Supplement to the account of plague administration in the Bombay Presidency from September 1896 till May 1897
Year: 1896
Disease focus: Plague
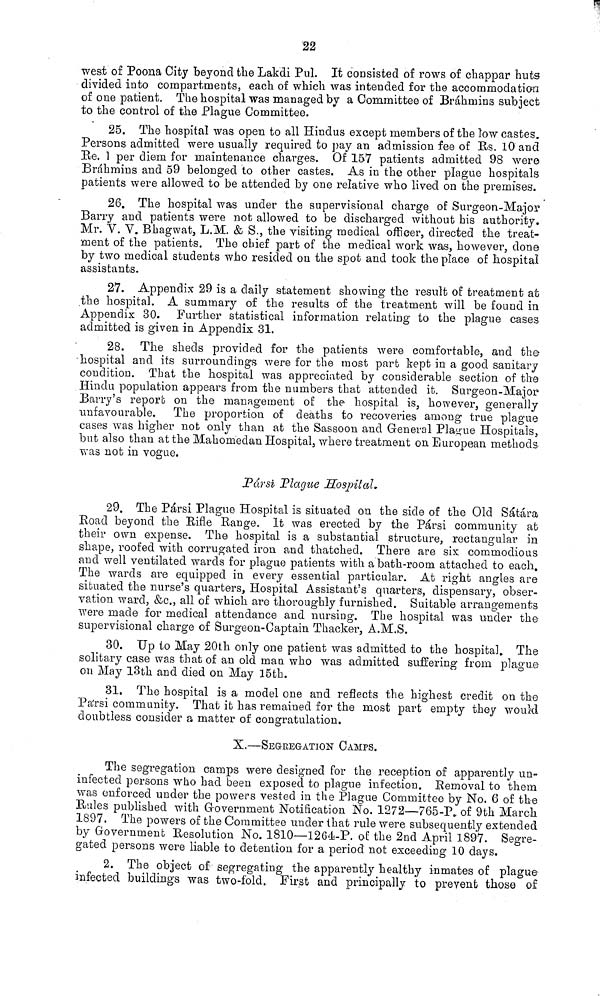
22
west of Poona City beyond the Lakdi Pul. It consisted of rows of chappar huts
divided into compartments, each of which was intended for the accommodation
of one patient. The hospital was managed by a Committee of Brahmins subject
to the control of the Plague Committee.
25. The hospital was open to all Hindus except members of the low castes.
Persons admitted were usually required to pay an admission fee of Rs. 10 and
Re. 1 per diem for maintenance charges. Of 157 patients admitted 98 were
Brahmins and 59 belonged to other castes. As in the other plague hospitals
patients were allowed to be attended by one relative who lived on the premises'.
26. The hospital was under the supervisional charge of Surgeon-Major
Barry and patients were not allowed to be discharged without his authority.
Mr. V. V. Bhagwat, L.M. & S., the visiting medical officer, directed the treat-
ment of the patients. The chief part of the medical work was, however, done
by two medical students who resided on the spot and took the place of hospital
assistants.
27. Appendix 29 is a daily statement showing the result of treatment at
the hospital. A summary of the results of the treatment will be found in
Appendix 30. Further statistical information relating to the plague cases
admitted is given in Appendix 31.
28. The sheds provided for the patients were comfortable, and the
hospital and its surroundings were for the most part kept in a good sanitary
condition. That the hospital was appreciated by considerable section of the
Hindu population appears from the numbers that attended it. Surgeon-Major
Barry's report on the management of the hospital is, however, generally
unfavourable. The proportion of deaths to recoveries among true plague
cases was higher not only than at the Sassoon and General Plague Hospitals,
but also than at the Mahomedan Hospital, where treatment on European methods
was not in vogue.
Pársi Plague Hospital,
29. The Pársi Plague Hospital is situated on the side of the Old Sábára
Road beyond the Rifle Range. It was erected by the Pársi community at
their own expense. The hospital is a substantial structure, rectangular in
shape, roofed with corrugated iron and thatched. There are six commodious
and well ventilated wards for plague patients with a bath-room attached to each.
The wards are equipped in every essential particular. At right angles are
situated the nurse's quarters, Hospital Assistant's quarters, dispensary, obser-
vation ward, &c., all of which are thoroughly furnished. Suitable arrangements
were made for medical attendance and nursing. The hospital was under the
supervisional charge of Surgeon-Captain Thacker, A.M.S.
30. Up to May 20th only one patient was admitted to the hospital. The
solitary case was that of an old man who was admitted suffering from plague
ou May 13th and died on May 15th.
31. The hospital is a model one and reflects the highest credit on the
Pársi community. That it has remained for the most part empty they would
doubtless consider a matter of congratulation.
X.—SEGREGATION CAMPS.
The segregation camps were designed for the reception of apparently un-
infected persons who had been exposed to plague infection. Removal to them
was enforced under the powers vested in the Plague Committee by No. 6 of the
Rules published with Government Notification No. 1272—765-P, of 9th March
1897. The powers of the Committee under that rule were subsequently extended
by Government Resolution No. 1810—1264-P. of the 2nd April 1897. Segre-
gated persons were liable to detention for a period not exceeding 10 days.
2. The object of segregating the apparently healthy inmates of plague
infected buildings was two-fold. First and principally to prevent those of